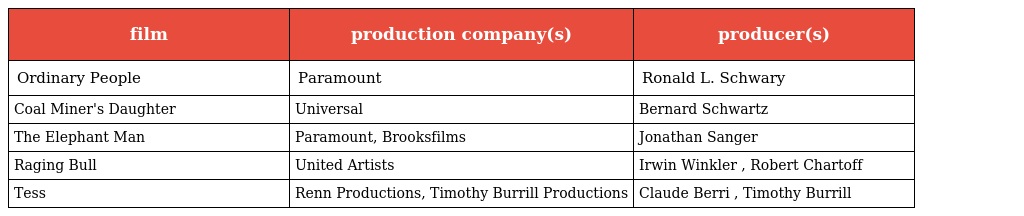
| film | production company(s) | producer(s) |
 | --- | --- | --- |
 | Ordinary People | Paramount | Ronald L. Schwary |
 | Coal Miner's Daughter | Universal | Bernard Schwartz |
 | The Elephant Man | Paramount, Brooksfilms | Jonathan Sanger |
 | Raging Bull | United Artists | Irwin Winkler , Robert Chartoff |
 | Tess | Renn Productions, Timothy Burrill Productions | Claude Berri , Timothy Burrill |